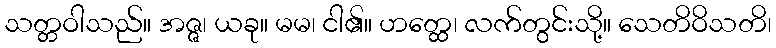
သတ္တဝါသည်။ အဇ္ဇ၊ ယခု။ မမ၊ ငါ၏။ ဟတ္ထေ၊ လက်တွင်းသို့။ သေတိဝိသတိ၊